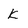
Character: k